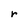
Character: r